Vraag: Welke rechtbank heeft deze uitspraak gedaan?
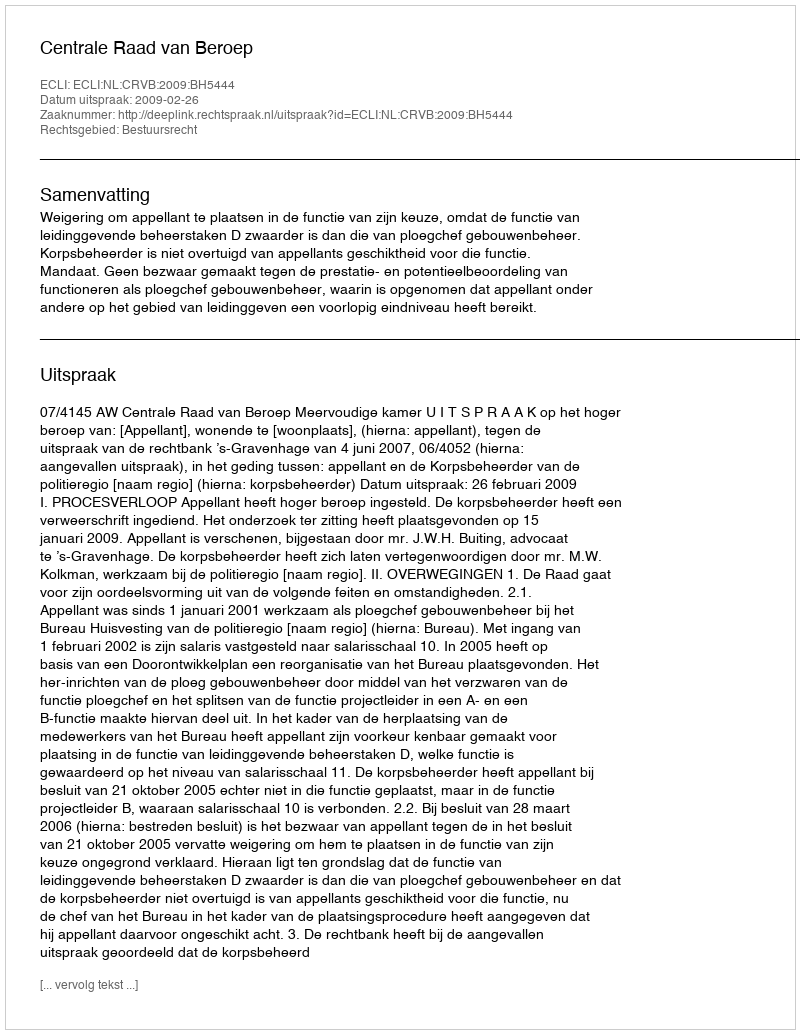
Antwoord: Centrale Raad van Beroep